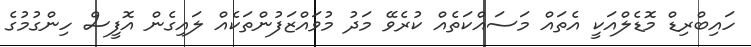
ހައިބްރިޑް މޮޑެލްއަކީ އެތައް މަސައްކަތެއް ކުރެވޭ މަދު މުވައްޒަފުންތަކެއް ލައިގެން އޮފީސް ހިންގުމުގެ